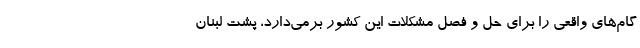
گام‌های واقعی را برای حل و فصل مشکلات این کشور برمی‌دارد، پشت لبنان